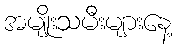
အမျိုးသမီးများနေ့